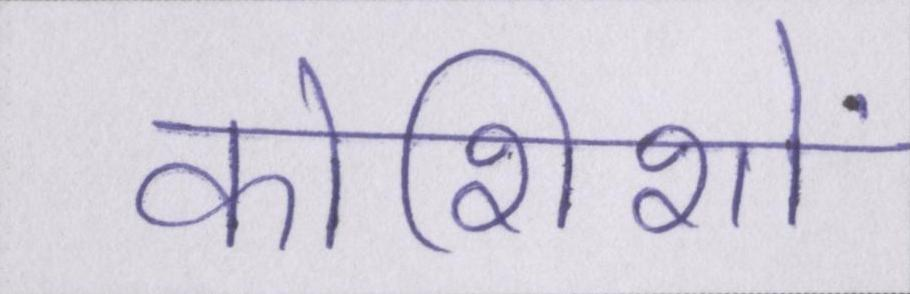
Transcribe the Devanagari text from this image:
कोशिशों